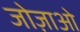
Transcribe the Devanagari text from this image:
जोज़ाओ